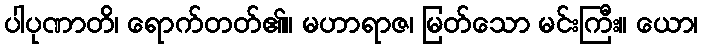
ပါပုဏာတိ၊ ရောက်တတ်၏။ မဟာရာဇ၊ မြတ်သော မင်းကြီး။ ယော၊